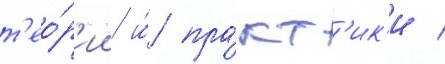
т'ео́р'ии и́ пра́кт'ик'и /